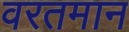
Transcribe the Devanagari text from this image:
वरतमान